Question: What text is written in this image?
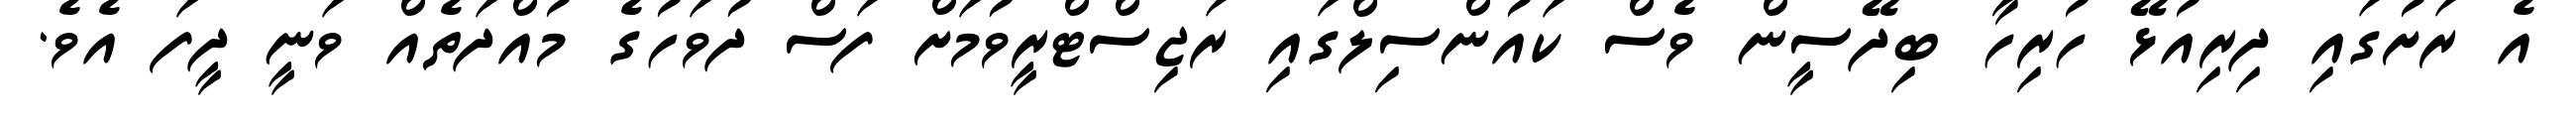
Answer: އެ ރަށުގައި ދިރިއުޅޭ ހުރިހާ ބިދޭސީން ވެސް ކައުންސިލްގައި ރަޖިސްޓްރީވުމަށް ފަސް ދުވަހުގެ މުއްދަތެއް ވަނީ ދީފަ އެވެ.